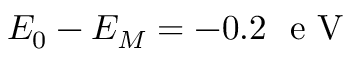
E _ { 0 } - E _ { M } = - 0 . 2 ~ \mathrm { ~ e ~ V ~ }